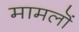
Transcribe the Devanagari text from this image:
मामलॊं